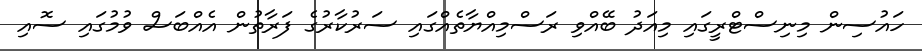
ހައުސިން މިނިސްޓްރީގައި މިއަދު ބޭއްވި ރަސްމިއްޔާތެއްގައި ސަރުކާރުގެ ފަރާތުން އެއްބަސް ވުމުގައި ސޮއި